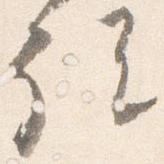
説